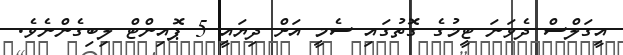
އީގަލްސް ދެވަނަ ޓީމުގެ ގޮތުގައި ސެމީ އަށް ދިޔައީ 5 ޕޮއިންޓް ލިބިގެންނެވެ.